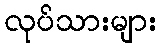
လုပ်သားများ